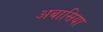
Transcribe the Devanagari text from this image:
अबासिया